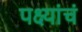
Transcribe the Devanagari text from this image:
पक्ष्यांचं